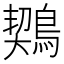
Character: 𪃈